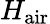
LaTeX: H_{\mathrm{air}}